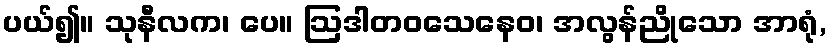
ပယ်၍။ သုနီလက၊ ပေ။ ဩဒါတဝသေနေဝ၊ အလွန်ညိုသော အာရုံ,